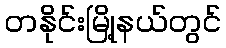
တနိုင်းမြို့နယ်တွင်